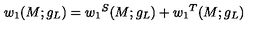
w _ { 1 } ( M ; g _ { L } ) = { w _ { 1 } } ^ { S } ( M ; g _ { L } ) + { w _ { 1 } } ^ { T } ( M ; g _ { L } )